Leaving Certificate Examination, 1921
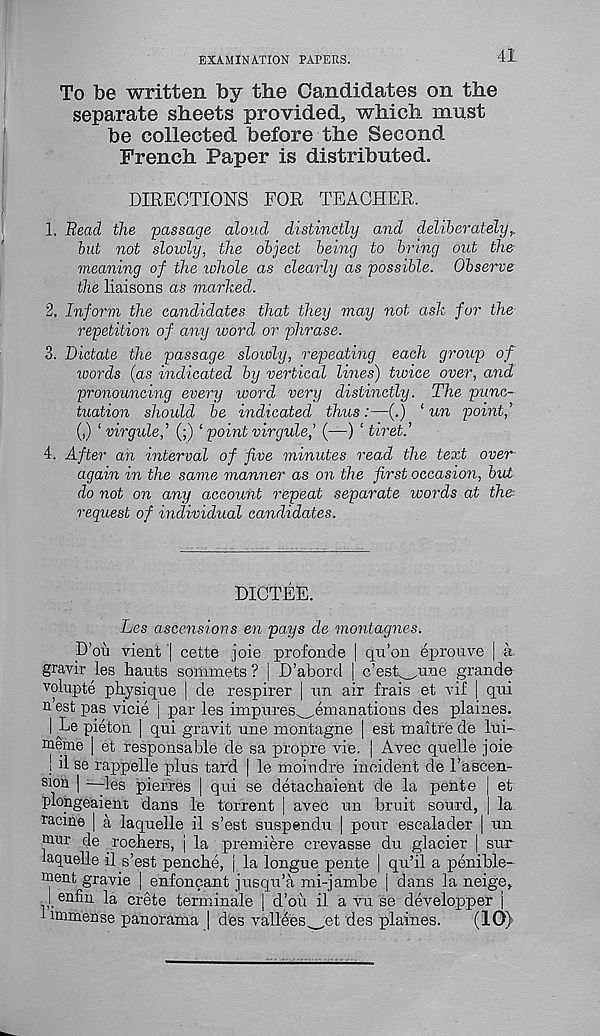
EXAMINATION PAPERS.
41
To be written by the Candidates on the
separate sheets provided, which must
be collected before the Second
French Paper is distributed.
DIRECTIONS FOR TEACHER.
1. Read the passage aloud distinctly and deliberately T .
but not slowly, the object being to bring out the
meaning of the lohole as clearly as possible. Observe
the liaisons as marked.
2. Inform the candidates that they may not ask fur the
repetition of any toord or phrase.
3. Dictate the passage slowly, repeating each group of
words (as indicated by vertical lines) twice over, and
pronouncing every word very distinctly. The punc-
tuation should be indicated thus:—(.) ‘ un point,’
(,) ‘ virgule,’ (;) ‘ point virgule,’ (—) ‘ tiret.’
4. After an interval of five minutes read the text over-
again in the same manner as on the first occasion, but
do not on any account repeat separate words at the-
request of individual candidates.
DICTEE.
Les ascensions en pays de montagnes.
D’oii vient | cette joie profonde [ qu’on eprouve | a
gravir les hauts sommets ? | D’abord | c’est une grande
volupte physique | de respirer | un air frais et vif | qui
n est pas vicie j par les impures^emanations des plaines.
I Le pieton | qui gravit une montagne | est maitre de lui-
meme | et responsable de sa propre vie. j Avec quelle joie
; il s e rappelle plus tard | le moiudre incident de Tascen-
sion | -—les pierres | qui se detachaient de la pente | et
plongeaient dans le torrent | avec un bruit sourd, | la
racme | a laquelle il s’est suspendu | pour escalader | un
niur de rochers, | la premiere crevasse du glacier j sur
laquelle il s’est penclie, | la longue pente | qu’il a penible-
ment gravie | enfoncant jusqu’a mi-jambe | dans la neige,
. enfin la Crete terminale | d’oii il a vu se developper j
1 immense panorama | des valiens^__et des plaines.
(10)